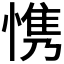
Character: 𮲋